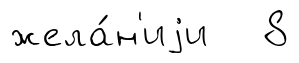
жела́н'иjи 8